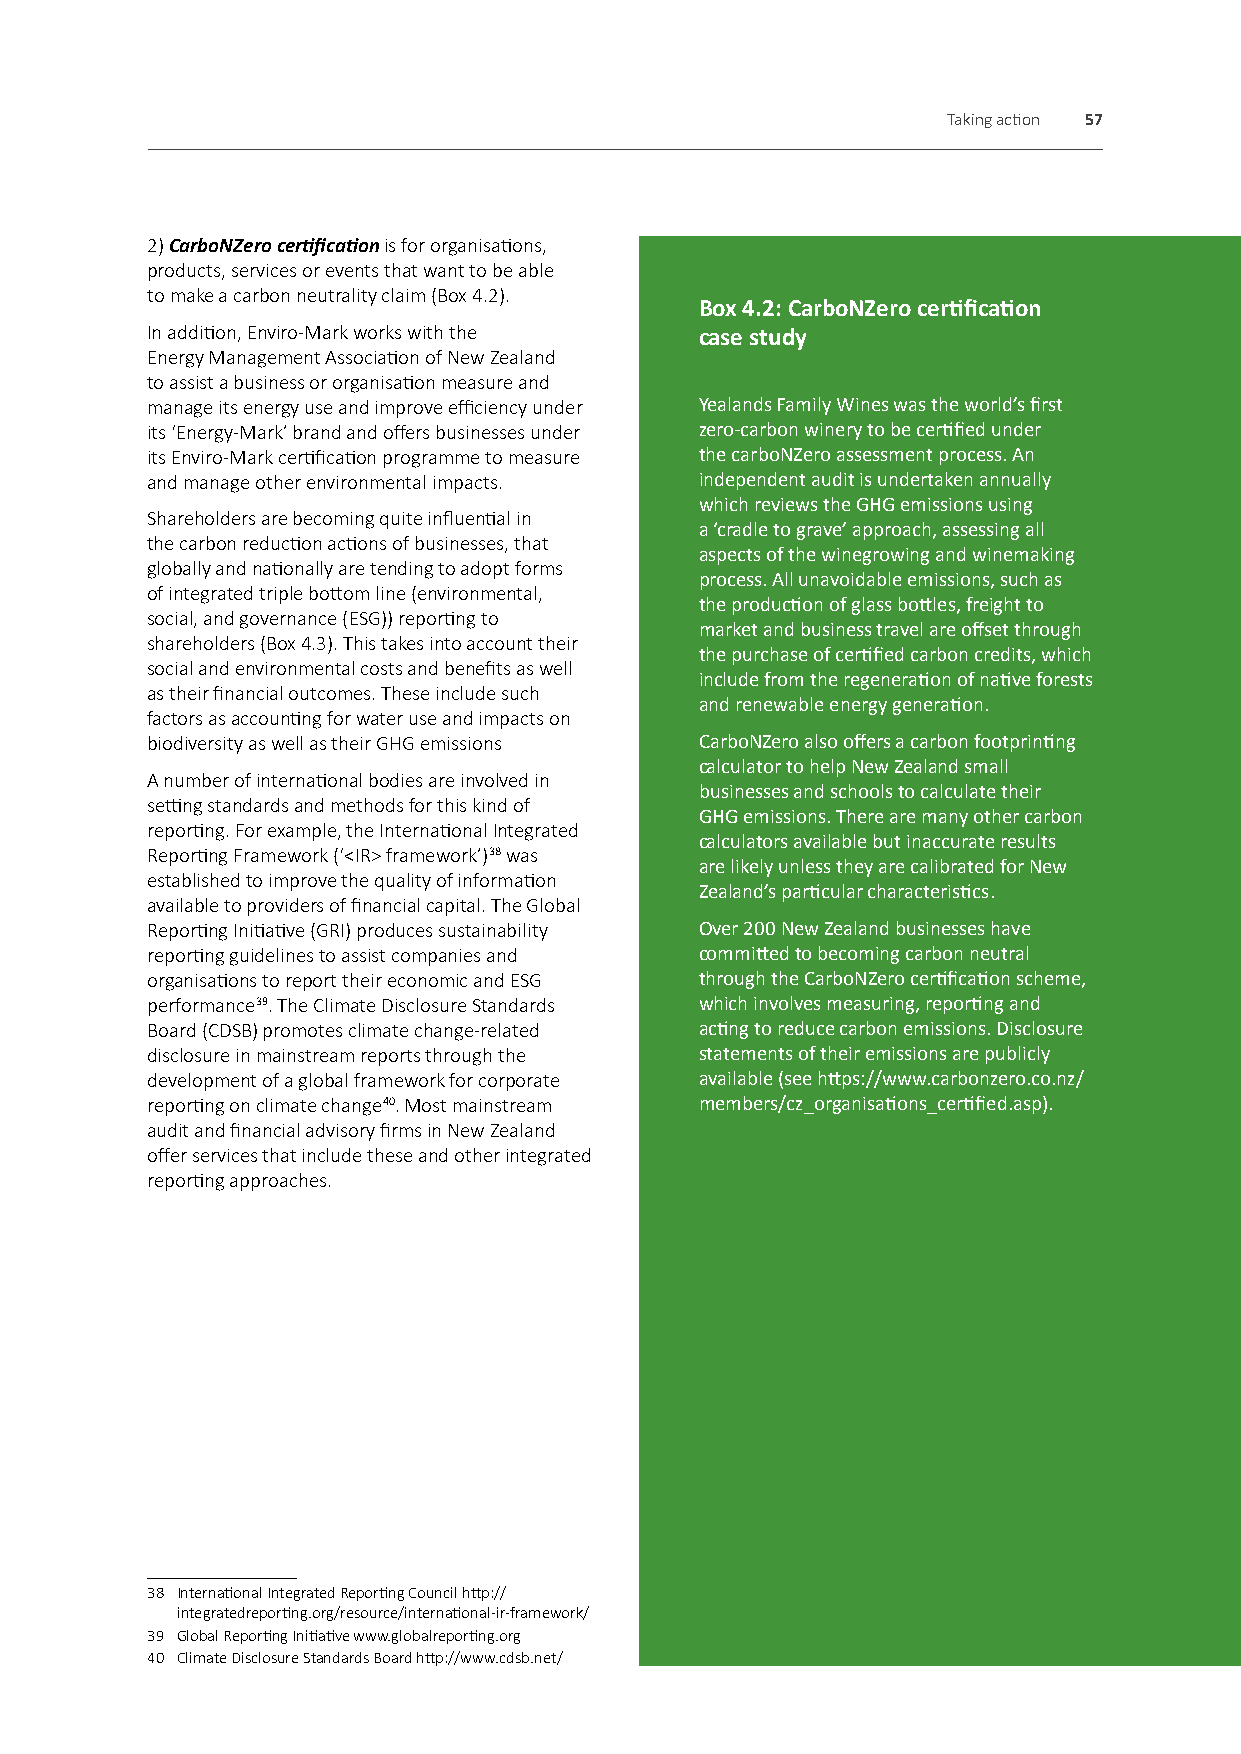
Taking action 57
 2) CarboNZero certification is for organisations,
 products, services or events that want to be able
 to make a carbon neutrality claim (Box 4.2).
 Box 4.2: CarboNZero certification
 In addition, Enviro-Mark works with the case study
 Energy Management Association of New Zealand
 to assist a business or organisation measure and
 manage its energy use and improve efficiency under Yealands Family Wines was the world’s first
 its ‘Energy-Mark’ brand and offers businesses under zero-carbon winery to be certified under
 its Enviro-Mark certification programme to measure the carboNZero assessment process. An
 and manage other environmental impacts. independent audit is undertaken annually
 which reviews the GHG emissions using
 Shareholders are becoming quite influential in
 a ‘cradle to grave’ approach, assessing all
 the carbon reduction actions of businesses, that
 aspects of the winegrowing and winemaking
 globally and nationally are tending to adopt forms
 process. All unavoidable emissions, such as
 of integrated triple bottom line (environmental,
 the production of glass bottles, freight to
 social, and governance (ESG)) reporting to
 market and business travel are offset through
 shareholders (Box 4.3). This takes into account their
 the purchase of certified carbon credits, which
 social and environmental costs and benefits as well
 include from the regeneration of native forests
 as their financial outcomes. These include such
 and renewable energy generation.
 factors as accounting for water use and impacts on
 biodiversity as well as their GHG emissions CarboNZero also offers a carbon footprinting
 calculator to help New Zealand small
 A number of international bodies are involved in
 businesses and schools to calculate their
 setting standards and methods for this kind of
 GHG emissions. There are many other carbon
 reporting. For example, the International Integrated
 calculators available but inaccurate results
 Reporting Framework (‘<IR> framework’)38 was
 are likely unless they are calibrated for New
 established to improve the quality of information
 Zealand’s particular characteristics.
 available to providers of financial capital. The Global
 Reporting Initiative (GRI) produces sustainability Over 200 New Zealand businesses have
 reporting guidelines to assist companies and committed to becoming carbon neutral
 organisations to report their economic and ESG through the CarboNZero certification scheme,
 performance39. The Climate Disclosure Standards which involves measuring, reporting and
 Board (CDSB) promotes climate change-related acting to reduce carbon emissions. Disclosure
 disclosure in mainstream reports through the statements of their emissions are publicly
 development of a global framework for corporate available (see https://www.carbonzero.co.nz/
 reporting on climate change40. Most mainstream members/cz_organisations_certified.asp).
 audit and financial advisory firms in New Zealand
 offer services that include these and other integrated
 reporting approaches.
 38 International Integrated Reporting Council http://
 integratedreporting.org/resource/international-ir-framework/
 39 Global Reporting Initiative www.globalreporting.org
 40 Climate Disclosure Standards Board http://www.cdsb.net/